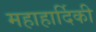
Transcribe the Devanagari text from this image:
महाहार्दिकी